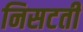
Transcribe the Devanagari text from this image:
निसटती